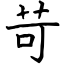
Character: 苛